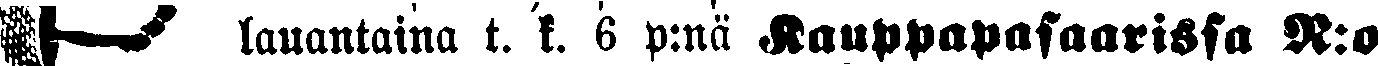
☛ lauantaina t. k. 6 p:nä Kauppapasaarissa N:o